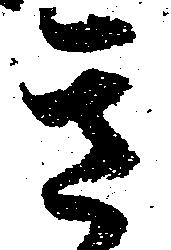
き